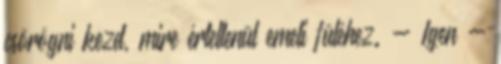
csörögni kezd, mire értetlenül emeli füléhez. - Igen -